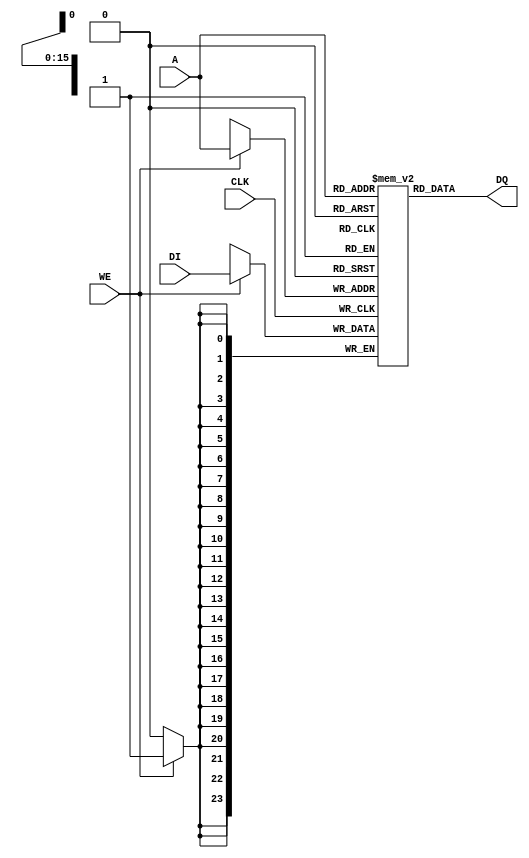
module program_word_memory(CLK, A, WE, DI, DQ);
	
parameter IA_W = 16;	
parameter ID_W = 24;	//
parameter MEM_SIZE = (1 << IA_W);


input CLK;
input [IA_W-1:0] A;
input WE;
input [ID_W-1:0] DI;
output [ID_W-1:0] DQ;

(* ram_style = "block" *) reg [ID_W-1:0] MEM [MEM_SIZE-1:0];

reg [IA_W-1:0] IWA_Q;		// rejestr do potoku


always @(posedge CLK) begin
	if(WE) MEM[A] <= DI;	
end
	
assign DQ = MEM[A];	

endmodule